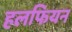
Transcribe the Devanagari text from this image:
हलफियन